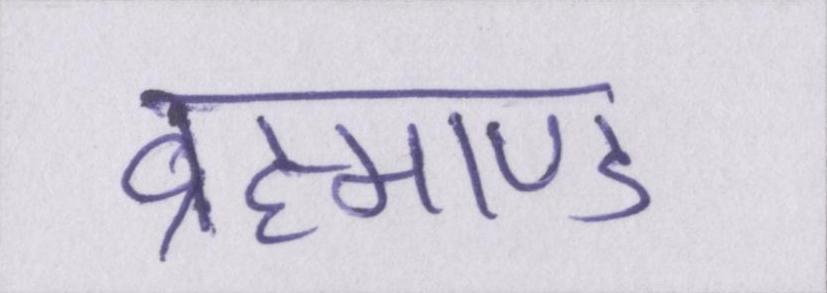
ब्रह्माण्ड